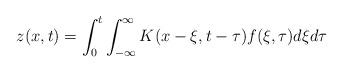
LaTeX: \begin{align*}z(x,t)=\int_0^t\int_{-\infty}^\infty K(x-\xi,t-\tau) f(\xi,\tau) d\xi d\tau\end{align*}